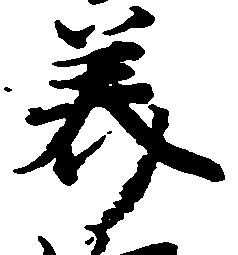
美